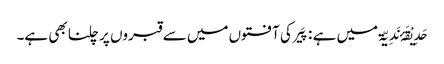
حَدِیْقَۂ نَدِیّۃ میں ہے : پَیر کی آفتوں میں سے قبروں پر چلنا بھی ہے۔